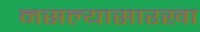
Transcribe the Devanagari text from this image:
नसल्यासारखा